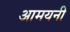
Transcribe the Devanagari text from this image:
आमयनी